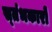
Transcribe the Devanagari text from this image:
स्‍तंभकारों